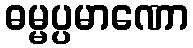
ဓမ္မပ္ပမာဏော